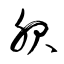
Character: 服